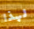
لهذا